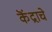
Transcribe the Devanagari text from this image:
कॆंद्राचे